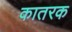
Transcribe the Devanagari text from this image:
कातरक